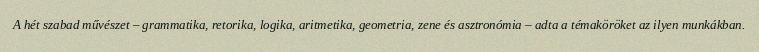
A hét szabad művészet – grammatika, retorika, logika, aritmetika, geometria, zene és asztronómia – adta a témaköröket az ilyen munkákban.